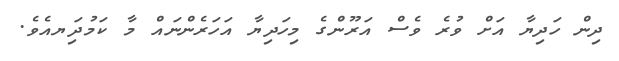
ދިން ހަދިޔާ އަށް ވުރެ ވެސް އަރޫންގެ މިހަދިޔާ އަހަރެންނައް މާ ކަމުދިަޔއެވެ.